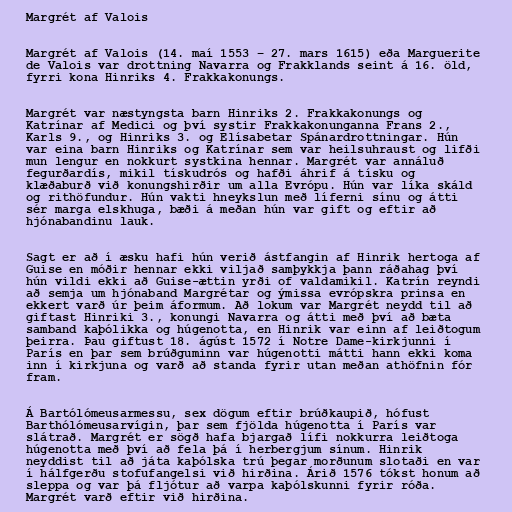
Margrét af Valois

Margrét af Valois (14. maí 1553 – 27. mars 1615) eða Marguerite
de Valois var drottning Navarra og Frakklands seint á 16. öld,
fyrri kona Hinriks 4. Frakkakonungs.

Margrét var næstyngsta barn Hinriks 2. Frakkakonungs og
Katrínar af Medici og því systir Frakkakonunganna Frans 2.,
Karls 9., og Hinriks 3. og Elísabetar Spánardrottningar. Hún
var eina barn Hinriks og Katrínar sem var heilsuhraust og lifði
mun lengur en nokkurt systkina hennar. Margrét var annáluð
fegurðardís, mikil tískudrós og hafði áhrif á tísku og
klæðaburð við konungshirðir um alla Evrópu. Hún var líka skáld
og rithöfundur. Hún vakti hneykslun með líferni sínu og átti
sér marga elskhuga, bæði á meðan hún var gift og eftir að
hjónabandinu lauk.

Sagt er að í æsku hafi hún verið ástfangin af Hinrik hertoga af
Guise en móðir hennar ekki viljað samþykkja þann ráðahag því
hún vildi ekki að Guise-ættin yrði of valdamikil. Katrín reyndi
að semja um hjónaband Margrétar og ýmissa evrópskra prinsa en
ekkert varð úr þeim áformum. Að lokum var Margrét neydd til að
giftast Hinriki 3., konungi Navarra og átti með því að bæta
samband kaþólikka og húgenotta, en Hinrik var einn af leiðtogum
þeirra. Þau giftust 18. ágúst 1572 í Notre Dame-kirkjunni í
París en þar sem brúðguminn var húgenotti mátti hann ekki koma
inn í kirkjuna og varð að standa fyrir utan meðan athöfnin fór
fram.

Á Bartólómeusarmessu, sex dögum eftir brúðkaupið, hófust
Barthólómeusarvígin, þar sem fjölda húgenotta í París var
slátrað. Margrét er sögð hafa bjargað lífi nokkurra leiðtoga
húgenotta með því að fela þá í herbergjum sínum. Hinrik
neyddist til að játa kaþólska trú þegar morðunum slotaði en var
í hálfgerðu stofufangelsi við hirðina. Árið 1576 tókst honum að
sleppa og var þá fljótur að varpa kaþólskunni fyrir róða.
Margrét varð eftir við hirðina.